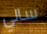
سالي